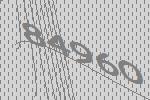
84960